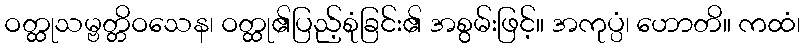
ဝတ္ထုသမ္ဗတ္တိဝသေန၊ ဝတ္ထု၏ပြည့်စုံခြင်း၏ အစွမ်းဖြင့်။ အကုပ္ပံ၊ ဟောတိ။ ကထံ၊